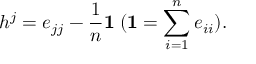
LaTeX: h ^ { j } = e _ { j j } - \frac { 1 } { n } { \bf 1 } \; ( { \bf 1 } = \sum _ { i = 1 } ^ { n } e _ { i i } ) .